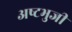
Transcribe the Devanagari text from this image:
अष्‍टभुजी